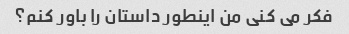
فکر می کنی من اینطور داستان را باور کنم؟